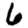
Digit: 6